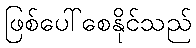
ဖြစ်ပေါ်စေနိုင်သည်